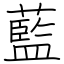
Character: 藍